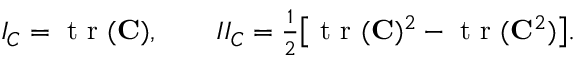
\begin{array} { r } { I _ { C } = \textrm { t r } ( { \bf { C } } ) , \qquad I I _ { C } = \frac { 1 } { 2 } \big [ \textrm { t r } ( { \bf { C } } ) ^ { 2 } - \textrm { t r } ( { \bf { C } } ^ { 2 } ) \big ] . } \end{array}